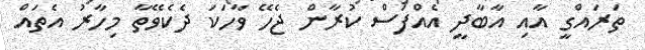
ތަރައްގީ އާއި އާބާދީ އެއްފަސް ކުރާން ޖެހޭ ވާހަކަ ދެކެވޭތާ މިހާރު އެތައް